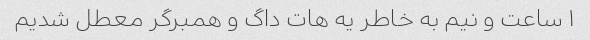
۱ ساعت و نیم به خاطر یه هات داگ و همبرگر معطل شدیم